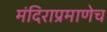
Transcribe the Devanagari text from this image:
मंदिराप्रमाणेच